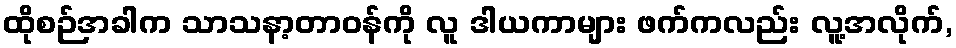
ထိုစဉ်အခါက သာသနာ့တာဝန်ကို လူ ဒါယကာများ ဖက်ကလည်း လူ့အလိုက်,